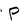
Character: P